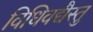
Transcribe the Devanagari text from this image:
विधिवद्यैस्तु